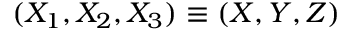
( X _ { 1 } , X _ { 2 } , X _ { 3 } ) \equiv ( X , Y , Z )